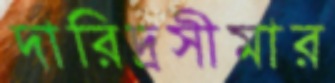
দারিদ্রসীমার